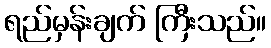
ရည်မှန်းချက် ကြီးသည်။